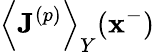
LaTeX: \left\langle\mathbf{J}^{\left(p\right)}\right\rangle_{Y}(\mathbf{x}^{-})